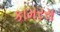
કામરસ